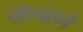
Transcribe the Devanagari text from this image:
नील्सनने